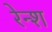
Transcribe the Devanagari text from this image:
रेन्श